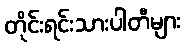
တိုင်းရင်းသားပါတီများ